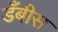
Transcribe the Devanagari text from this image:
डँबीस